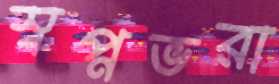
স্বপ্নভরা